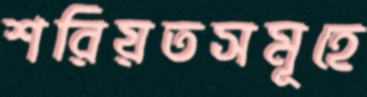
শরিয়তসমূহে